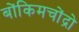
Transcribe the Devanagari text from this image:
बोंकिमचोंद्रो